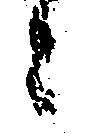
ニ